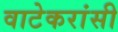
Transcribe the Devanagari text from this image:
वाटेकरांसी